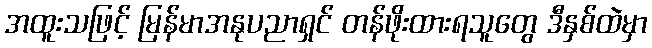
အထူးသဖြင့် မြန်မာအနုပညာရှင် တန်ဖိုးထားရသူတွေ ဒီနှစ်ထဲမှာ